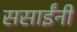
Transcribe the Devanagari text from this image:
ससाईंनी